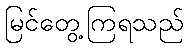
မြင်တွေ့ကြရသည်